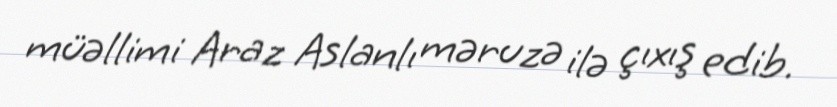
müəllimi Araz Aslanlı məruzə ilə çıxış edib.